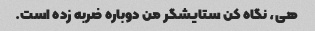
هی، نگاه کن ستایشگر من دوباره ضربه زده است.